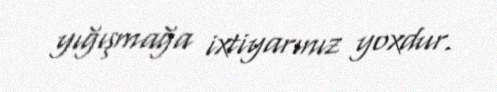
yığışmağa ixtiyarınız yoxdur.